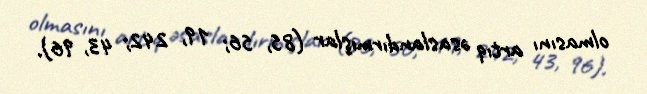
olmasını artıq əsaslandırmışlar (85, 56; 19, 242; 43, 96).